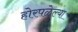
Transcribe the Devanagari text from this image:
होरपळेल्या